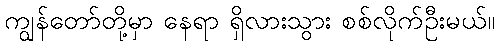
ကျွန်တော်တို့မှာ နေရာ ရှိလားသွား စစ်လိုက်ဦးမယ်။